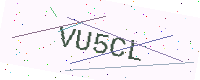
Text: VU5CL